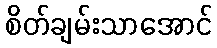
စိတ်ချမ်းသာအောင်